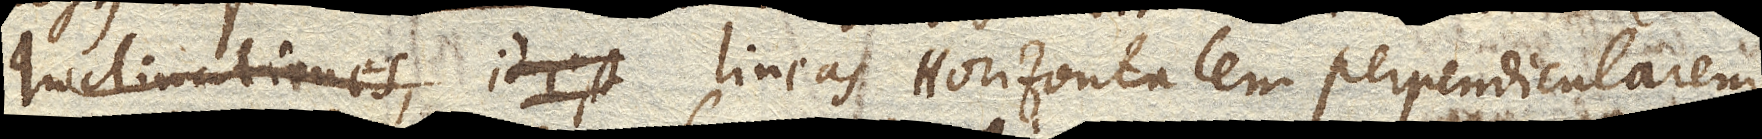
Inclinationes, id est lineas Horizontalem perpendicularem,